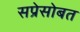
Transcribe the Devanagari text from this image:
सप्रेसोबत